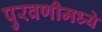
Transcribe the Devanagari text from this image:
पुरवणीमध्ये